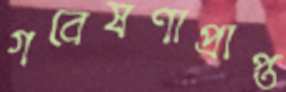
গবেষণাপ্রাপ্ত